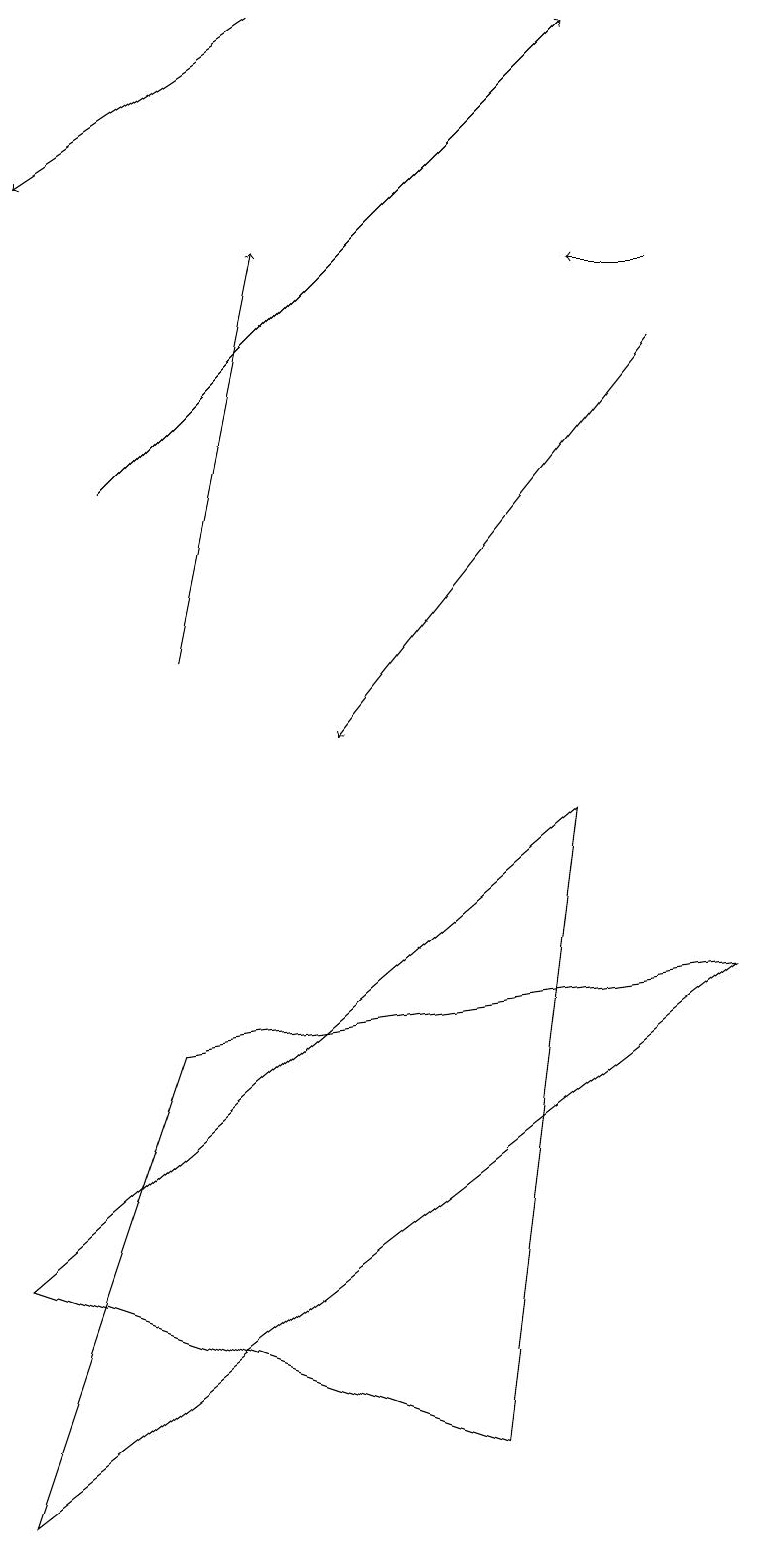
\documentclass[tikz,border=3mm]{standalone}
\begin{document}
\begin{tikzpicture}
\draw[->] (8,15) -- (4,10);
\draw[->] (8,16) -- (7,16);
\draw[->] (2,11) -- (3,16);
\draw[->] (1,13) -- (7,19);
\draw[->] (3,19) -- (0,17);
\draw (2,6) -- (0,0) -- (9,7) -- cycle;
\draw (7,9) -- (0,3) -- (6,1) -- cycle;
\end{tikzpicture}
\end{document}